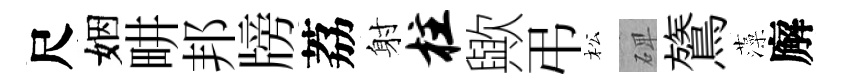
尺姻畊邦牓荔射柱歟弔松𥓓鷟藻廨